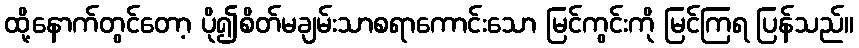
ထို့နောက်တွင်တော့ ပို၍စိတ်မချမ်းသာစရာကောင်းသော မြင်ကွင်းကို မြင်ကြရ ပြန်သည်။